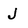
Character: J